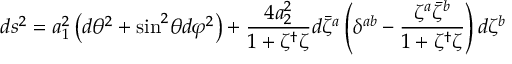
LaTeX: d s ^ { 2 } = a _ { 1 } ^ { 2 } \left( d \theta ^ { 2 } + \mathrm { s i n } ^ { 2 } \theta d \varphi ^ { 2 } \right) + \frac { 4 a _ { 2 } ^ { 2 } } { 1 + \zeta ^ { \dag } \zeta } d { \bar { \zeta } } ^ { a } \left( \delta ^ { a b } - \frac { \zeta ^ { a } { \bar { \zeta } } ^ { b } } { 1 + \zeta ^ { \dag } \zeta } \right) d \zeta ^ { b }